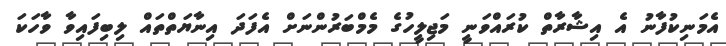
އެމަނިކުފާނު އެ އިޝާރާތް ކުރައްވަނީ މަޖިލީހުގެ މެމްބަރުންނަށް އެފަދަ އިނާޔަތްތައް ލިބިފައިވާ ވާހަކަ